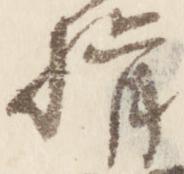
揖